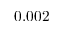
0 . 0 0 2